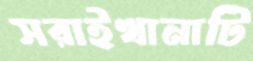
সরাইখানাটি